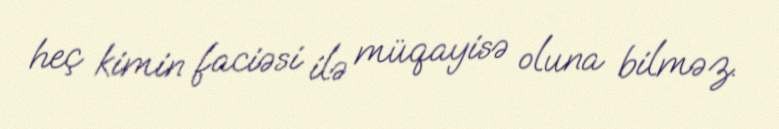
heç kimin faciəsi ilə müqayisə oluna bilməz.